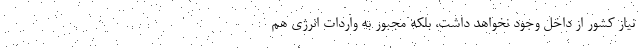
نیاز کشور از داخل وجود نخواهد داشت، بلکه مجبور به واردات انرژی هم